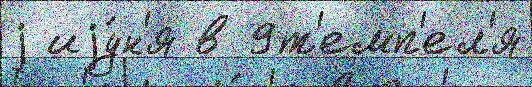
j иjу́н'я в 9т'емп'ел'я